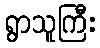
ရွာသူကြီး